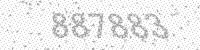
Solution: 887883